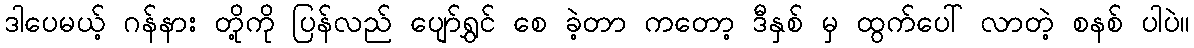
ဒါပေမယ့် ဂန်နား တို့ကို ပြန်လည် ပျော်ရွှင် စေ ခဲ့တာ ကတော့ ဒီနှစ် မှ ထွက်ပေါ် လာတဲ့ စနစ် ပါပဲ။